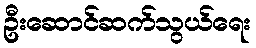
ဦးဆောင်ဆက်သွယ်ရေး